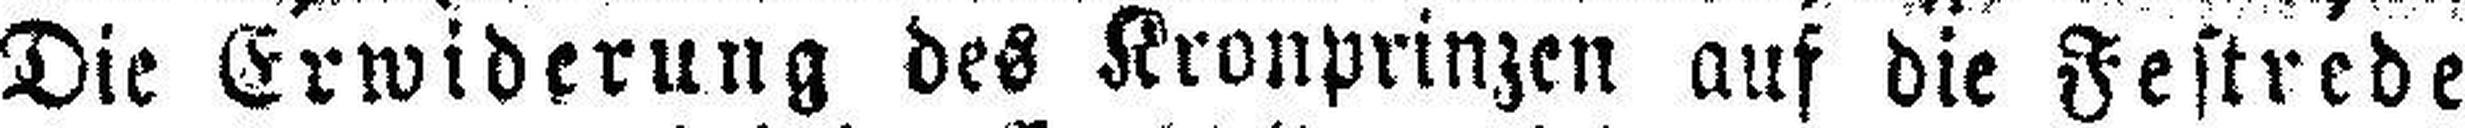
Die Erwiderung des Kronprinzen auf die Festrede